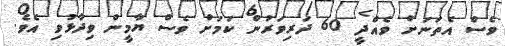
ވެސް އެތަނަށް ވެއްދީ 60 ދަރިވަރުން ކަމަށް ވެސް ޔާމީން ވިދާޅުވި އެވެ.